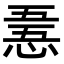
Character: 𢛤